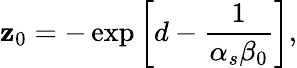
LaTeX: \mathbf{z}_{0}=-\exp\left[d-{\frac{{1}}{{\alpha_{s}\beta_{0}}}}\right],